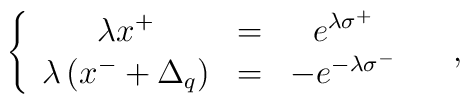
\left\{\begin{array}{ccc}\lambda x^+&=&e^{\lambda\sigma^+}\\\lambda\left(x^-+\Delta_q\right)&=&-e^{-\lambda\sigma^-}\end{array}\ \ \ \ ,\right.